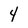
Character: 4